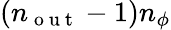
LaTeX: (n_{\mathrm{~o~u~t~}}-1)n_{\phi}